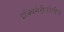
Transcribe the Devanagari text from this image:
इक्विसेटीफोलीया